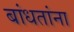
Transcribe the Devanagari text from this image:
बांधतांना